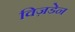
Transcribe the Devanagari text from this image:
विज़डेन